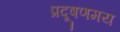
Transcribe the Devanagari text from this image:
प्रदूषणमय